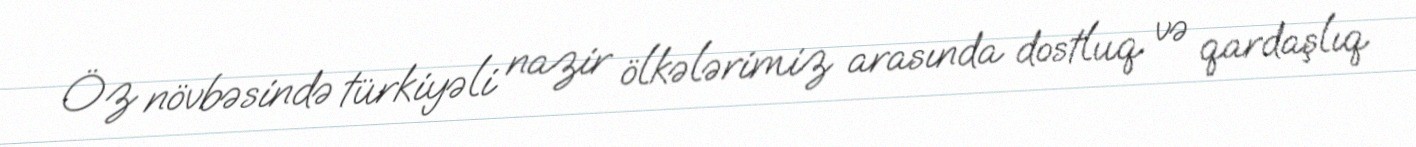
Öz növbəsində türkiyəli nazir ölkələrimiz arasında dostluq və qardaşlıq